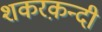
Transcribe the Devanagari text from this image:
शकरक़न्दी